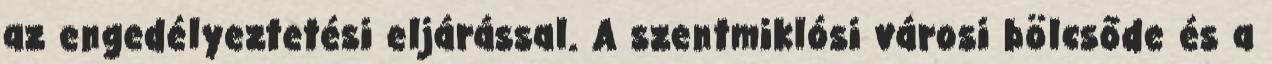
az engedélyeztetési eljárással. A szentmiklósi városi bölcsőde és a